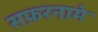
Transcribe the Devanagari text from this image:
सफ़रनामे